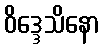
ဝိဒ္ဒေသိနော